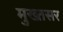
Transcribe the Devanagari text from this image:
मुख्तसर